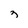
Character: 3